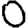
Digit: 0